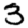
Digit: 3